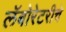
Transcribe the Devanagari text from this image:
लॅबोरेटरीचे